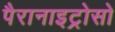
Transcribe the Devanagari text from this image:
पैरानाइट्रोसो